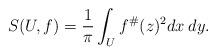
LaTeX: \begin{align*}S(U,f)=\frac{1}{\pi}\int_U f^\#(z)^2 dx\:dy.\end{align*}